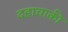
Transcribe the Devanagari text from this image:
दहाचाकी